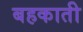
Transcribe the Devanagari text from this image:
बहकाती